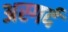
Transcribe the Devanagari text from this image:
अस्गर्द